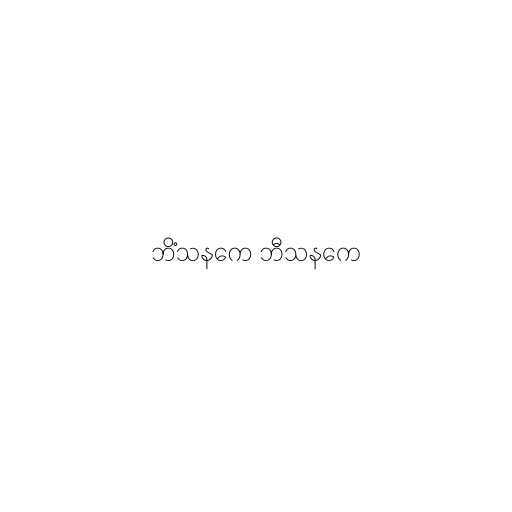
ဘိံသနကေ ဘီသနကေ